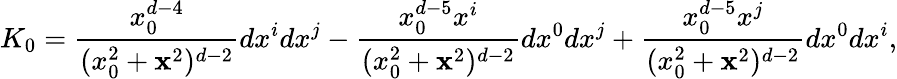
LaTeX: K_{0}={\frac{x_{0}^{d-4}}{(x_{0}^{2}+{\mathbf x}^{2})^{d-2}}}dx^{i}dx^{j}-{\frac{x_{0}^{d-5}x^{i}}{(x_{0}^{2}+{\mathbf x}^{2})^{d-2}}}dx^{0}dx^{j}+{\frac{x_{0}^{d-5}x^{j}}{(x_{0}^{2}+{\mathbf x}^{2})^{d-2}}}dx^{0}dx^{i},